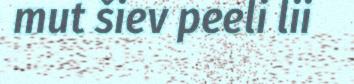
mut šiev peeli lii